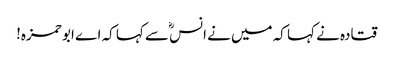
قتادہ نے کہا کہ میں نے انسؓ سے کہا کہ اے ابو حمزہ!